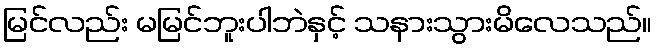
မြင်လည်း မမြင်ဘူးပါဘဲနှင့် သနားသွားမိလေသည်။